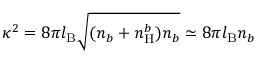
\kappa ^ { 2 } = 8 \pi l _ { \mathrm { B } } \sqrt { ( n _ { b } + n _ { \mathrm { H } } ^ { b } ) n _ { b } } \simeq 8 \pi l _ { \mathrm { B } } n _ { b }